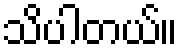
သိပါတယ်။